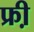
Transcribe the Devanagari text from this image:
फ्री़